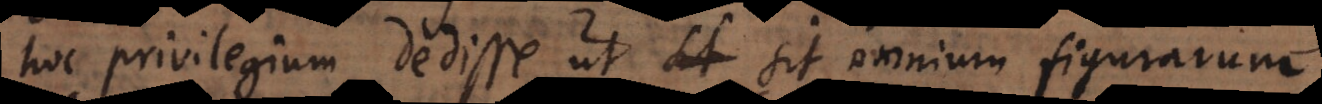
hoc privilegium dedisse, ut sit omnium figurarum